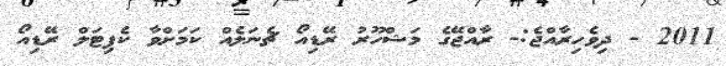
2011 - ދިވެހިރާއްޖެ:- ރާއްޖޭގެ މަޝްހޫރު ރޭޑިއޯ ޗެނަލެއް ކަމަށްވާ ކެޕިޓަލް ރޭޑިއޯ